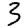
Digit: 3